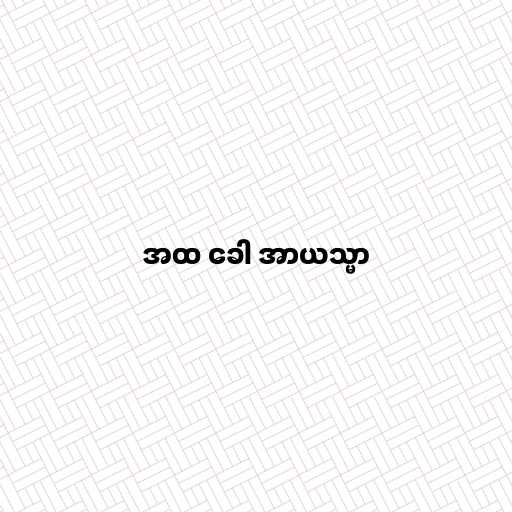
အထ ခေါ အာယသ္မာ